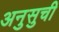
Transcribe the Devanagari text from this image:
अनुसुची